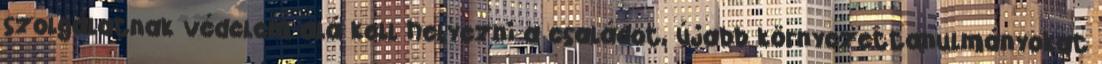
szolgálatnak védelem alá kell helyezni a családot, újabb környezettanulmányokat